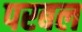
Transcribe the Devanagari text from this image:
परबल